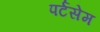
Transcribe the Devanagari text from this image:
पर्टसेम